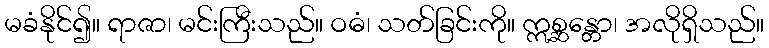
မခံနိုင်၍။ ရာဇာ၊ မင်းကြီးသည်။ ဝဓံ၊ သတ်ခြင်းကို။ ဣစ္ဆန္တော၊ အလိုရှိသည်။